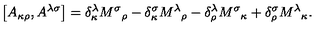
\left[ A _ { \kappa \rho } , A ^ { \lambda \sigma } \right] = \delta _ { \kappa } ^ { \lambda } { M ^ { \sigma } } _ { \rho } - \delta _ { \kappa } ^ { \sigma } { M ^ { \lambda } } _ { \rho } - \delta _ { \rho } ^ { \lambda } { M ^ { \sigma } } _ { \kappa } + \delta _ { \rho } ^ { \sigma } { M ^ { \lambda } } _ { \kappa } .